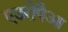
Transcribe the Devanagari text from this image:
एउरोपैआ